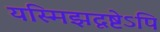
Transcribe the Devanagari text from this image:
यस्मिझदृष्टेऽपि